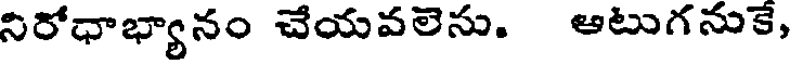
నిరోధాభ్యానం చేయవలెసు. ఆటుగనుకే,